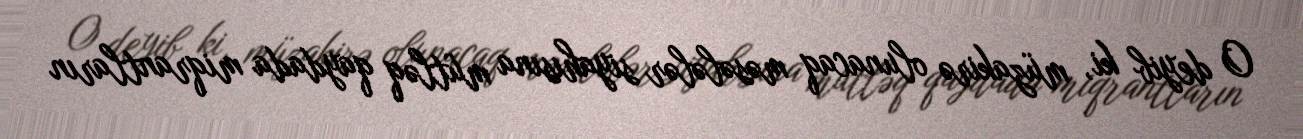
O deyib ki, müzakirə olunacaq məsələlər siyahısına mütləq qaydada miqrantların